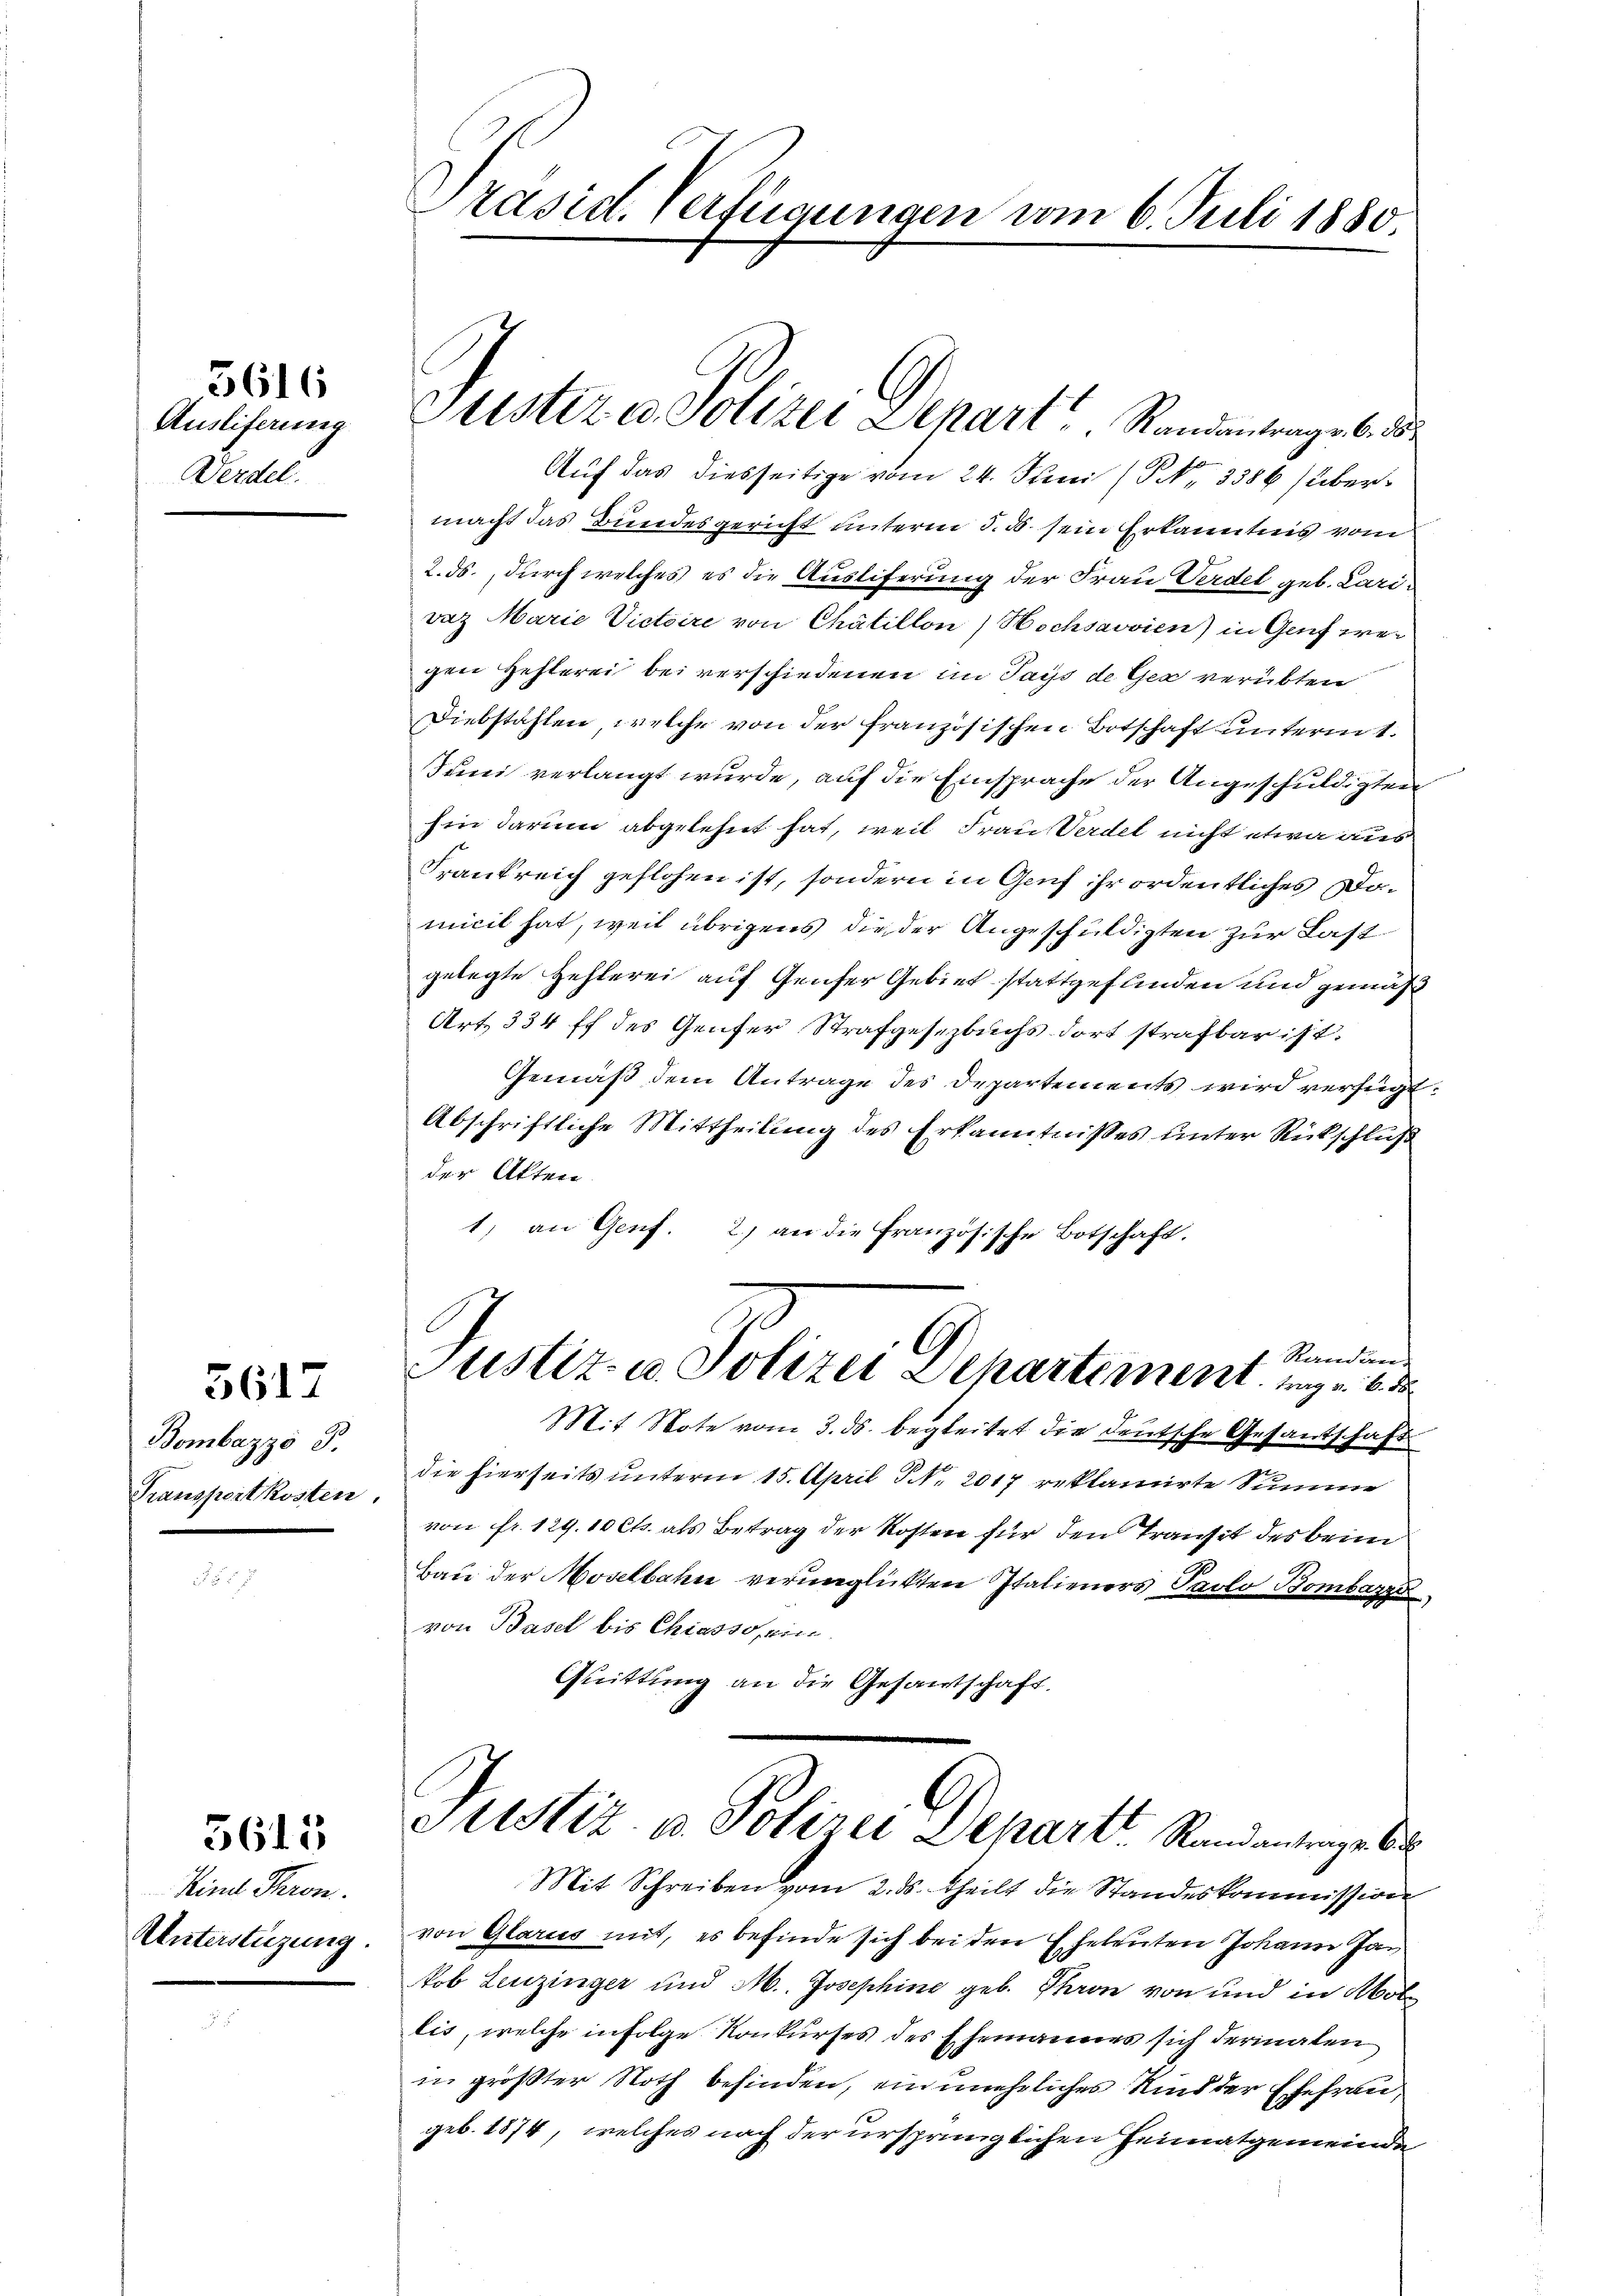
Ausliferung
Derdel.

5616

Bombazzo P.
Transportkosten.

5617

5615

Kinde Thron.
Unterstüzung.

Präsid. Verfügungen vom 6. Juli 1880

Auf das diesseitige vom 24. Juni (P No 3386 (übermacht das Bundesgericht unterm 5. ds. sein Erkanntnis vom
2. ds., durch welches es die Ausliferung der Frau Verdel geb. Larivaz Marie Victoire von Chätillon) Hochsavvien) in Genf wer
gen Hefterei bei verschiedenen im Tags de Gex verübten
Diebstahlen, welche von der französischen Botschaft unterm 1.
Juni verlangt wurde, auf die Einsprache der Angeschuldigten
hin darum abgelehnt hat, weil Frau Verdet nicht etwa aus¬
Frankreich geflohen ist, sondern in Genf ihr ordentliches Domicil hat, weil übrigens die der Angeschuldigten zur Last
gelegte Hehlerei auf Genfer Gebiet stattgefunden und gemäß
Art. 334 ff des Genfer Strafgesetzbuchs dort strafbar ist.
Gemäß dem Antrage des Departements wird verfügt:
Abschriftliche Mittheilung des Erkanntnisses unter Rückschluß
der Akten
1) an Genf. 2) an die Französische Botschaft.
Randan-
Justiz- u. Polizei Departement. 16
Mit Note vom 3. ds. begleitet die deutsche Gesantschaft
die hierseits unterm 15. April S. 2017 reklamirte Summe
von fr. 129. 10 Cts. als Betrag der Kosten für den Transit des brin¬
Bau der Moselbahn verunglückten Italieners Paolo Bombazzi
von Basel bis Chiasso, ein.
Quittung an die Gesandtschaft.
Justiz- u. Polizei Departt Randantrage bi
Mit Schreiben vom 2. ds. theilt die Standeskommission
von Glarus mit, es befinde sich bei den Eheleuten Johann Ja
Nob Leuzinger und M. Josephine geb. Thron von und in Mot
lis, welche infolge Konkurses des Ehemannes sich derinaten
in größter Noth befinden, einmehrliches Kind der Ehefraugeb. 1874, welches nach der ursprünglichen Heimatgemeinde

Juntern Polizei Depart Randmangel d